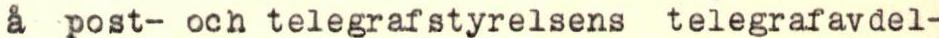
a post- och telegrafstyrelsens telegrafavdel-